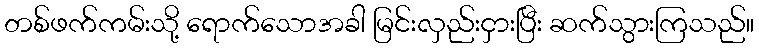
တစ်ဖက်ကမ်းသို့ ရောက်သောအခါ မြင်းလှည်းငှားပြီး ဆက်သွားကြသည်။